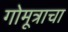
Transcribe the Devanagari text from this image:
गोमूत्राचा